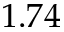
1 . 7 4